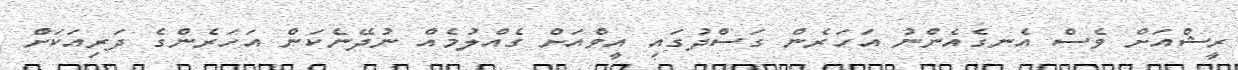
ރީޝްއަށް ވެސް އެނގެއެންނު އަހަރެން ގަސްދުގައި އީވްއަށް ގެއްލުމެއް ނުދޭނެކަން އަހަރެންގެ ދަރިއަކަށް